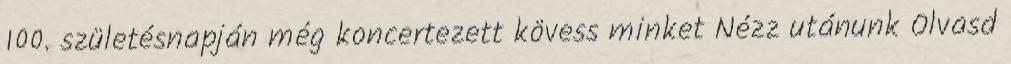
100. születésnapján még koncertezett kövess minket Nézz utánunk Olvasd